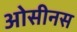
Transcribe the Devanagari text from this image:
ओसीनस